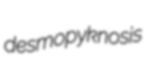
desmopyknosis